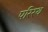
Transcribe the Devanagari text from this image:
परिरथ